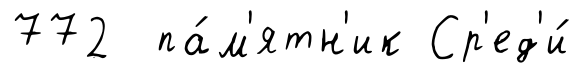
772 па́м'ятн'ик Ср'ед'и́